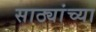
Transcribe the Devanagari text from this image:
साठ्यांच्या